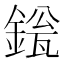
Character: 𬫱